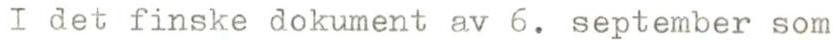
I det finske dokument av 6. september som